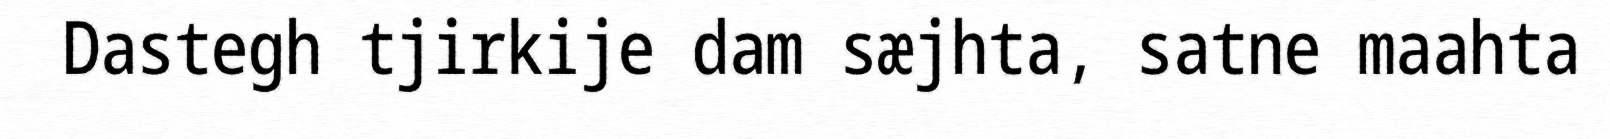
Dastegh tjirkije dam sæjhta, satne maahta